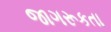
જાગરૂકતા